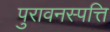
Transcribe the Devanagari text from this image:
पुरावनस्पत्ति